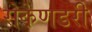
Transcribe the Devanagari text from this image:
सेकेणडरी